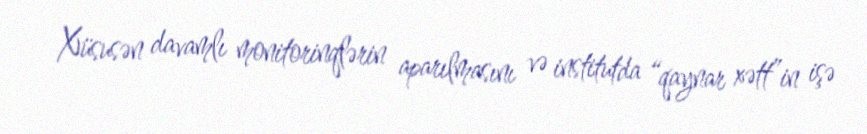
Xüsusən davamlı monitorinqlərin aparılmasını və institutda “qaynar xətt”in işə